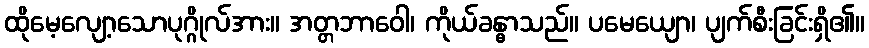
ထိုမေ့လျော့သောပုဂ္ဂိုလ်အား။ အတ္တဘာဝေါ၊ ကိုယ်ခန္ဓာသည်။ ပမေယျော၊ ပျက်စီးခြင်းရှိ၏။